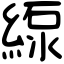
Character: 𦂥